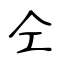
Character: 仝